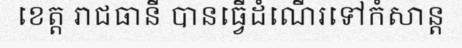
ខេត្ត រាជធានី បានធ្វើដំណើរទៅកំសាន្ត